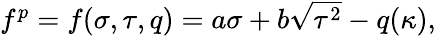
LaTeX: \begin{array}{r}{f^{p}=f(\sigma,\tau,q)=a\sigma+b\sqrt{\tau^{2}}-q(\kappa),}\end{array}